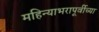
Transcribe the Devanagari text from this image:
महिन्याभरापूर्वीच्या